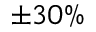
\pm 3 0 \%